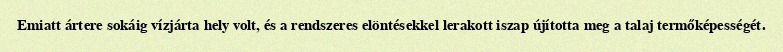
Emiatt ártere sokáig vízjárta hely volt, és a rendszeres elöntésekkel lerakott iszap újította meg a talaj termőképességét.